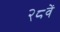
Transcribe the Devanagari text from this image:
२८वें